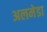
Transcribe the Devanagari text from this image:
अलमेडा